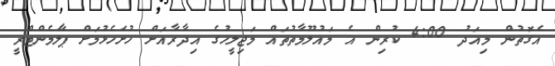
އެގޮތުން މިއަދު 4:00 ކުރިން އެ މައުލޫމާތުތައް މަޖިލީހުގެ އިދާރާއަށް ހުށަހެޅުމަށް ޕާލަމެންޓްރީ